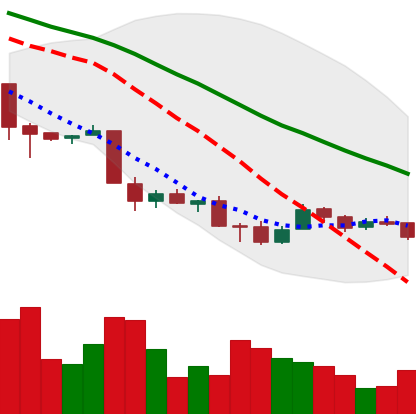
Ticker: XMR-USD
Chart end date: 2018-12-03
Forward return: -16.893%
Label: down_7plus